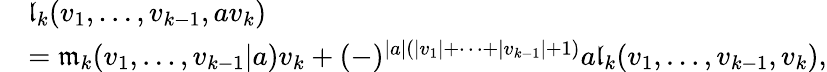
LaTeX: \begin{array}{rl}&{\mathfrak l_{k}(v_{1},\ldots,v_{k-1},av_{k})}\\ &{=\mathfrak m_{k}(v_{1},\ldots,v_{k-1}|a)v_{k}+(-)^{|a|\left(|v_{1}|+\cdots+|v_{k-1}|+1\right)}a\mathfrak l_{k}(v_{1},\ldots,v_{k-1},v_{k}),}\end{array}